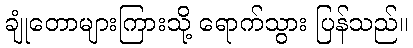
ချုံတောများကြားသို့ ရောက်သွား ပြန်သည်။